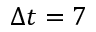
\Delta t = 7